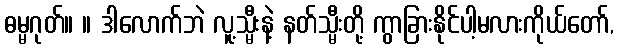
ဓမ္မဂုတ်။ ။ ဒါလောက်ဘဲ လူ့သ္မီးနဲ့ နတ်သ္မီးတို့ ကွာခြားနိုင်ပါ့မလားကိုယ်တော်,